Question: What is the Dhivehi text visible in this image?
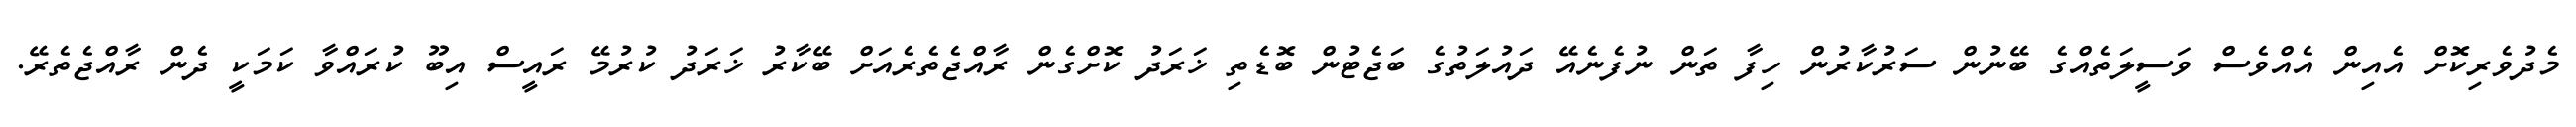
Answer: މެދުވެރިކޮށް އެއިން އެއްވެސް ވަސީލަތެއްގެ ބޭނުން ސަރުކާރުން ހިފާ ތަން ނުފެނެއޭ ދައުލަތުގެ ބަޖެޓުން ބޮޑެތި ޚަރަދު ކޮށްގެން ރާއްޖެތެރެއަށް ބޭކާރު ޚަރަދު ކުރުމޭ ރައީސް އިބޫ ކުރައްވާ ކަމަކީ ދެން ރާއްޖެތެރޭ.